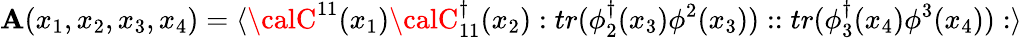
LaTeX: \mathbf{A}(x_{1},x_{2},x_{3},x_{4})=\langle{\calC}^{11}(x_{1}){\calC}_{11}^{\dagger}(x_{2}):tr(\phi_{2}^{\dagger}(x_{3})\phi^{2}(x_{3}))::tr(\phi_{3}^{\dagger}(x_{4})\phi^{3}(x_{4})):\rangle